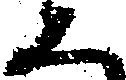
等